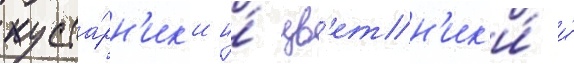
куста́рн'ик'и и́ цв'етн'ик'и́ и́